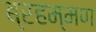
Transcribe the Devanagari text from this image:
ब्रहम्मण